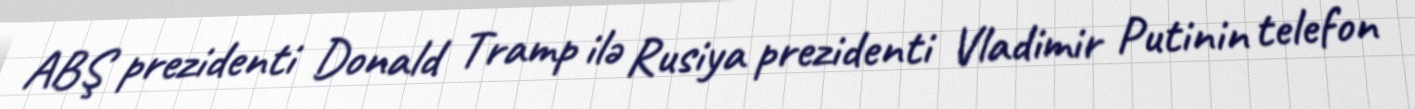
ABŞ prezidenti Donald Tramp ilə Rusiya prezidenti Vladimir Putinin telefon